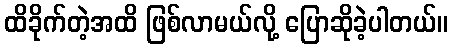
ထိခိုက်တဲ့အထိ ဖြစ်လာမယ်လို့ ပြောဆိုခဲ့ပါတယ်။